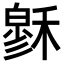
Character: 𥡻